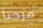
مرحبا